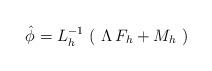
LaTeX: \begin{align*}\hat\phi= L_h^{-1}\, \left(\,\,\Lambda\, F_h + M_h \,\, \right)\end{align*}